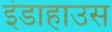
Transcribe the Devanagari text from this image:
इंडाहाउस